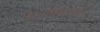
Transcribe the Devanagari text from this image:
टिटविसारखा